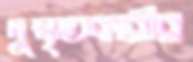
দুষ্কৃতকারীর